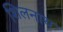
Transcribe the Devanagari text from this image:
शिलनाथ